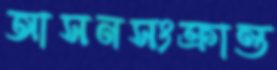
আসনসংক্রান্ত